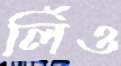
লিঁও